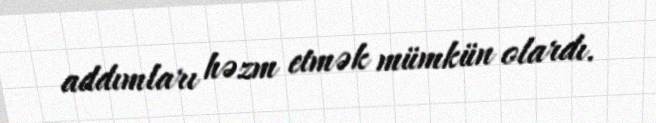
addımları həzm etmək mümkün olardı.